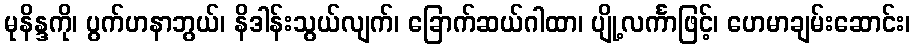
မုနိန္ဒကို၊ ပွက်ဟနာဘွယ်၊ နိဒါန်းသွယ်လျက်၊ ခြောက်ဆယ်ဂါထာ၊ ပျို့လင်္ကာဖြင့်၊ ဟေမာချမ်းဆောင်း၊